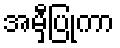
အမှီပြုကာ